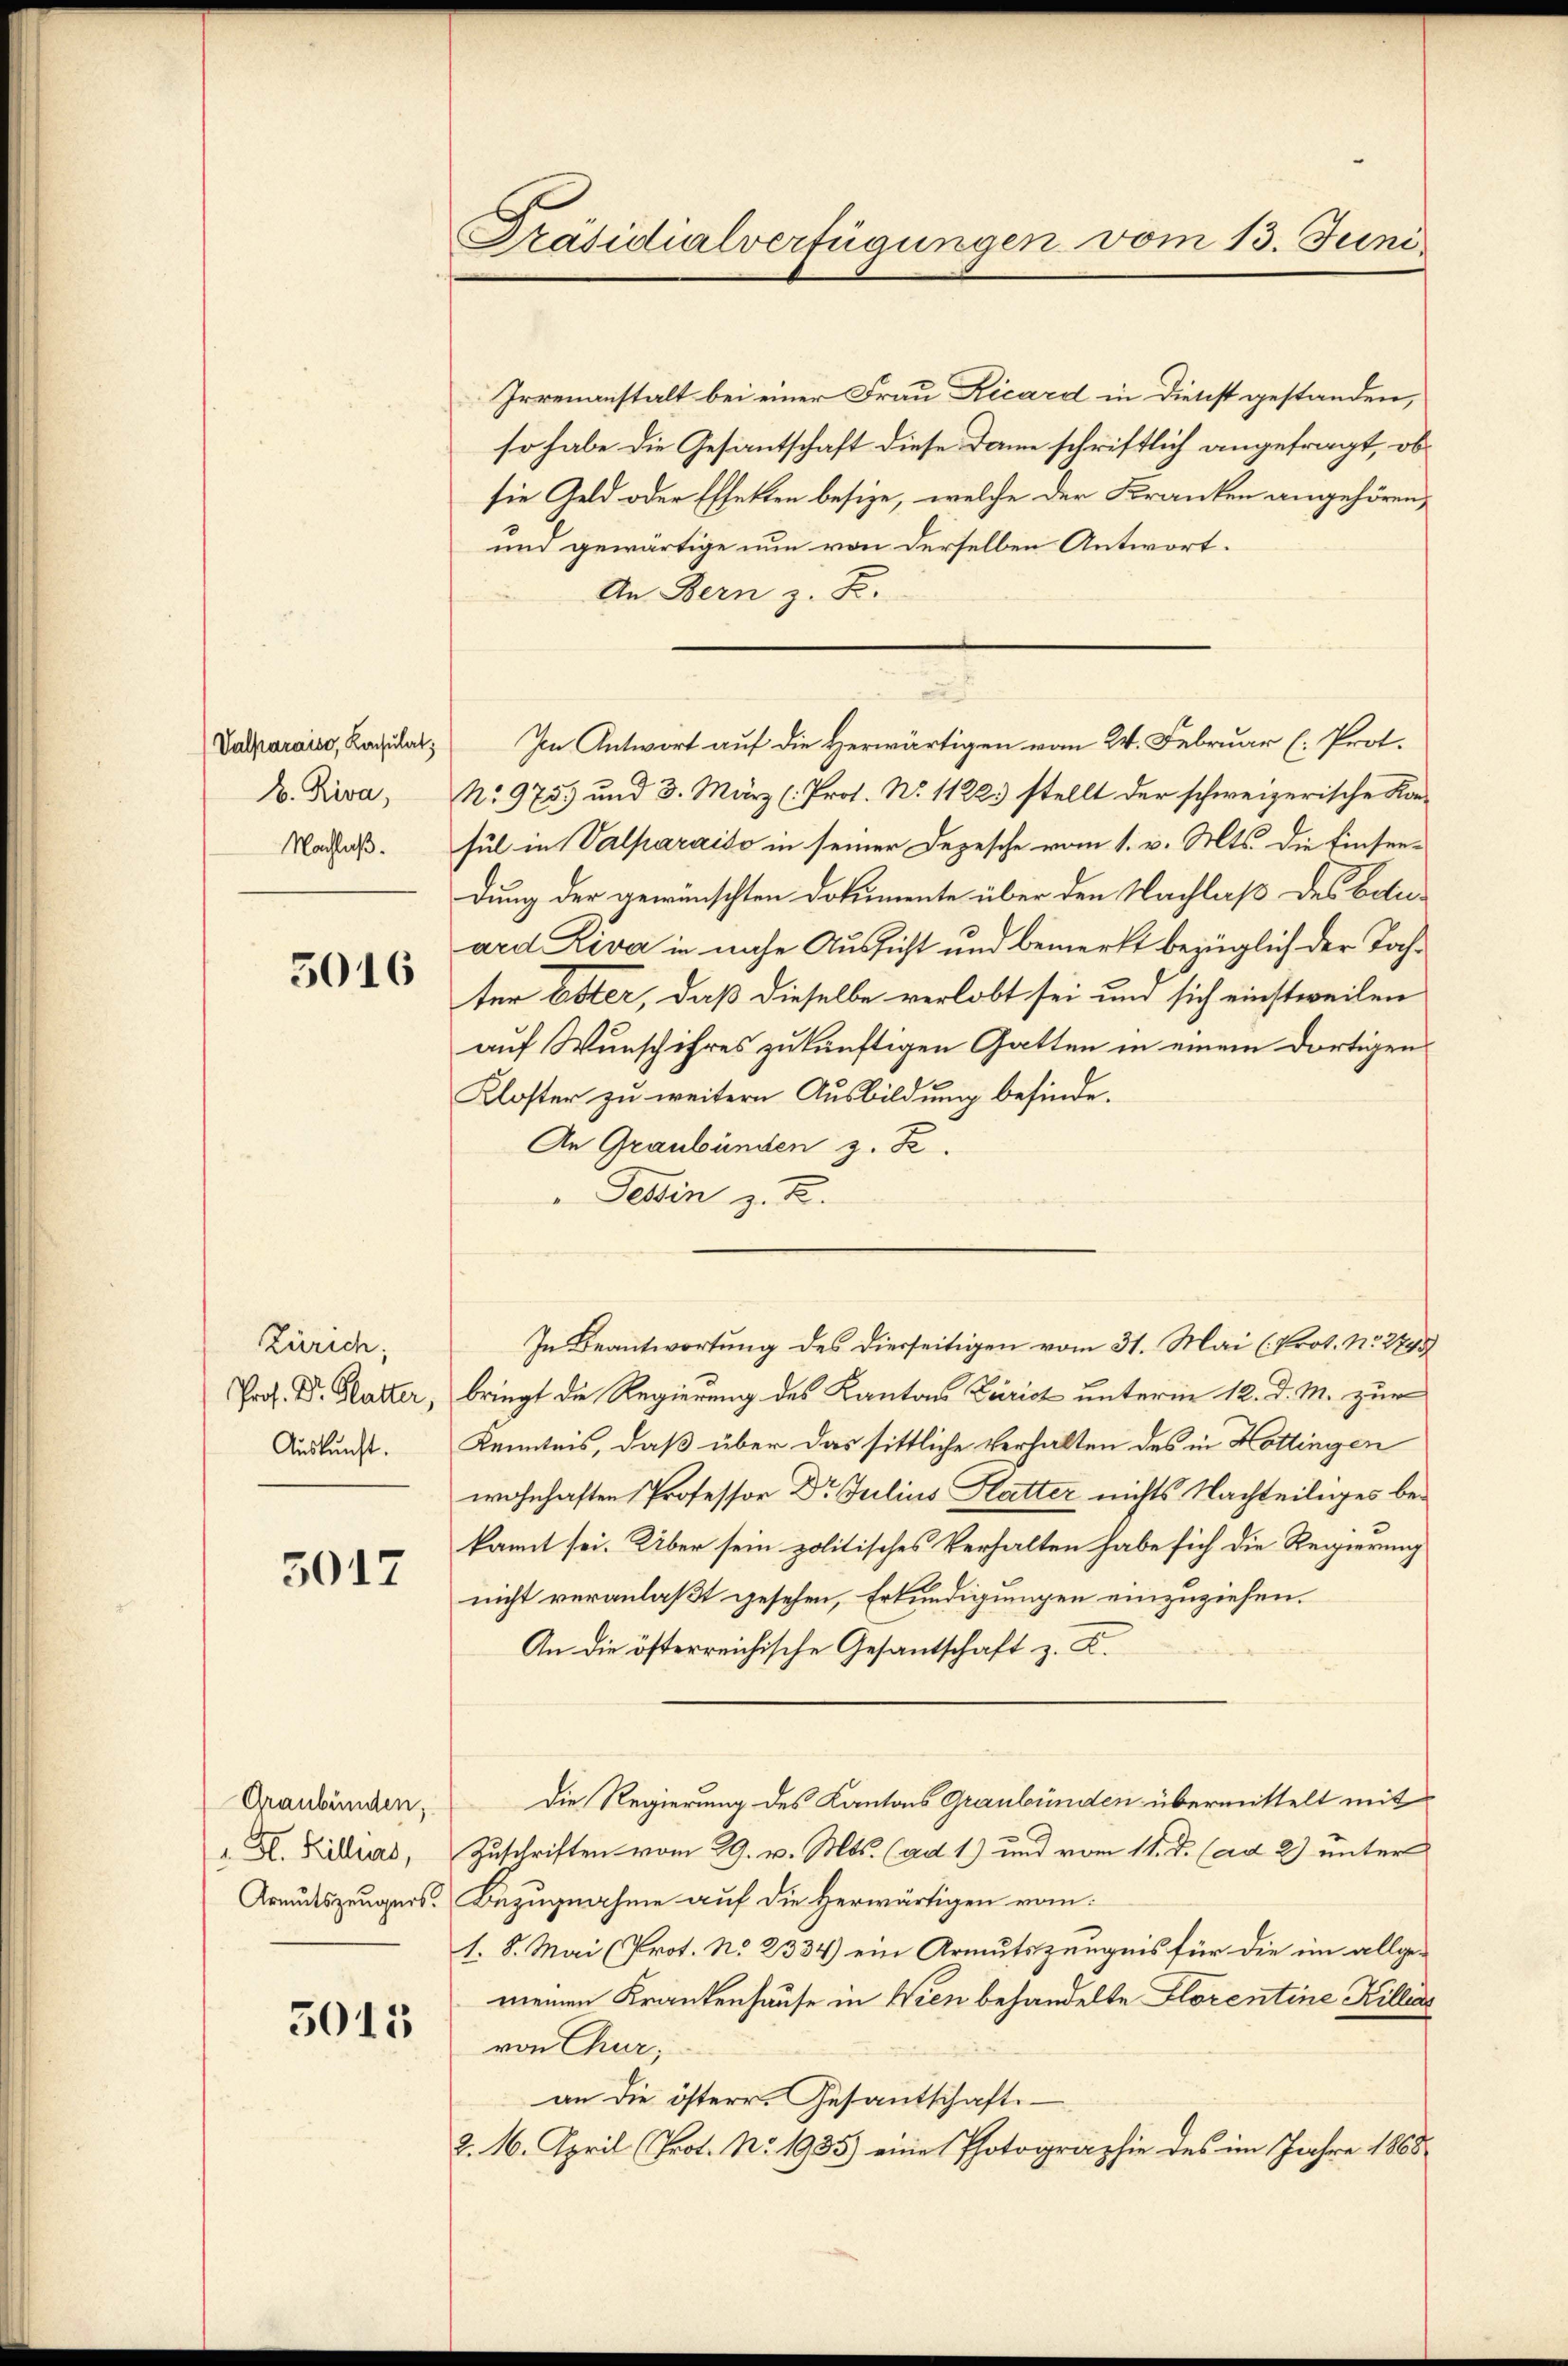
(Valparais, Konsulat,
A. Riva,
Nachlaß.

5016

Zürich;
Prof. Dr. Hatter,
Auskunft.

5017

Graubünden,
. H. Killus,
Armutszeugnis.

5015

Präsidialverfügungen vom 13. Juni

Irrenanstalt bei einer Frau Ricard in Dienst gestanden,
so habe die Gesantschaft diese Dame schriftlich angefragt, ob
sie Geld oder Effekten besize, welche der Kranken angehören,
und gewärtige nun von derselben Antwort.
An Bern z. B.
Im Antwort auf die Herwärtigen vom 24. Februar (: Prot.
No 9755 und 3. März (: Prof. No. 11223 stellt der schweizerische Kansul in Valparaiso in seiner Depesche vom 1. v. Mts. die Einsendung der gewünschten Dokumente über den Nachlaß des botuard Riva in nahe Aussicht und bemerkt bezüglich der Jahter Ester, daß dieselbe verlobt sei und sich einstweilen
auf Wunsch ihres zukünftigen Gatten in einem dortigen
Kloster zu weitern Ausbildung befinde.
An Graubünden z. Z.
Tessin z. B.
In Beantwortung des Dierseitigen vom 31. Mai (Prot. No 2745
bringt die Regierung des Kantons Zürich unterm 12. d. M. zur
Kenntnis, daß über das sittliche Verhalten des in Hottingen
wohnhaften Professor Dr Julius Hatter nichts Nachteiliges bekannt sei. Über sein politisches Verhalten habe sich die Regierung
nicht veranlaßt gesehen, Erkundigungen einzuziehen.
An die österreichische Gesantschaft z. K.
Die Regierung des Kantons Graubünden übermittelt mit
Zuschriften vom 29. v. Mts. (ad 1) und vom 11. J. (ad 2) unter
Bezugnahme auf die Herwärtigen vom
1. 8. Mai (Prot. No 2334) ein Armutszeugnis für die im allge-
meinen Krankenhause in Wien behandelte Florentine Killias
von Chur,
an die österr. Gesantschafts¬
2. 16. April (Prot. No. 1935) eine Photographie des im Jahre 1868